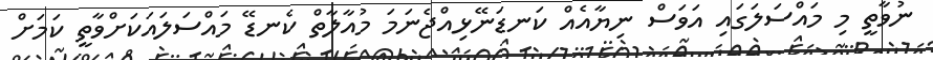
ނުވާތީ މި މައްސަލަގައި އަވަސް ނިޔާއެއް ކަނޑަނޭޅިއްޖެނަމަ މުއާލާތް ކެނޑޭ މައްސަލައަކަށްވާތީ ކަމަށް